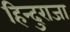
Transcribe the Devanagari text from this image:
हिन्दुराजा